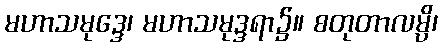
မဟာသမုဒ္ဒေ၊ မဟာသမုဒ္ဒရာ၌။ စတုတာလမ္ပိ၊